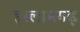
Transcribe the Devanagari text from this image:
इस्लामगढ़